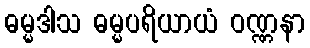
ဓမ္မဒါသ ဓမ္မပရိယာယံ ဝဏ္ဏနာ